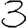
Digit: 3